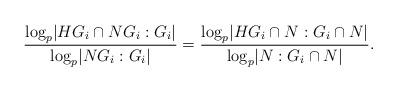
LaTeX: \begin{align*} \frac{\log_p \lvert HG_i \cap NG_i : G_i \rvert}{\log_p \lvert NG_i : G_i \rvert} = \frac{\log_p \lvert HG_i \cap N : G_i \cap N \rvert}{\log_p \lvert N : G_i \cap N \rvert}. \end{align*}